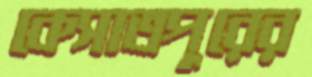
কেসাতপুরের